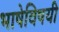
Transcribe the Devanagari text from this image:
भाषेविषयी